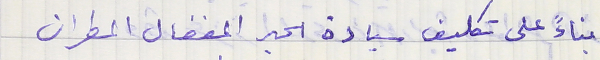
بناءً على تكليف سيادة الحبر المفضال المطران